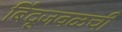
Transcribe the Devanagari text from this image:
बिंदूजवळची